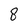
Character: 8